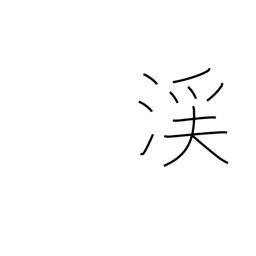
Meaning: valley